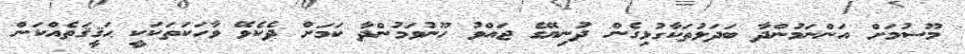
މޫސުމަށް އަންނަމުންދާ ބަދަލުތަކާގުޅިގެން ދުނިޔޭގެ ޖައްވު ހޫނުވަމުންދާ ކަމަށް ދެކެވޭ ވާހަކަތަކަކީ ޙަޤީޤަތެއްކަން